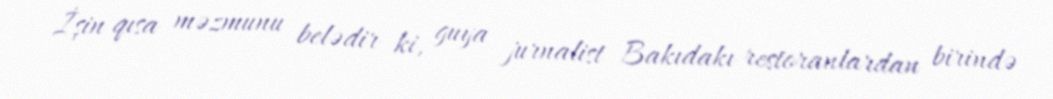
İşin qısa məzmunu belədir ki, guya jurnalist Bakıdakı restoranlardan birində